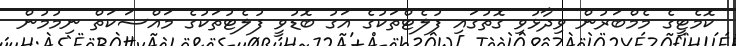
ކޮމެޓީގެ މެމްބަރުން ވިދާޅުވި ގޮތުގައި ފުލެޓްތަކުގެ އަގު ބޮޑުވީ ފުލެޓުތަކުގެ މައްސަކަތް ނިމުމުން